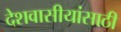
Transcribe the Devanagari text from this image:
देशवासीयांसाठी